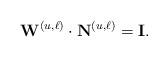
LaTeX: \begin{align*}\mathbf{W}^{(u,\ell)} \cdot \mathbf{N}^{(u,\ell)} = \mathbf{I}. \end{align*}